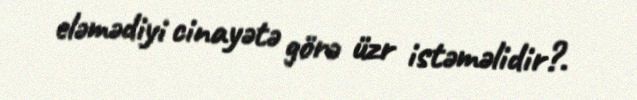
eləmədiyi cinayətə görə üzr istəməlidir?.